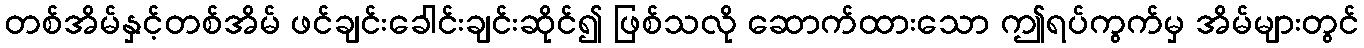
တစ်အိမ်နှင့်တစ်အိမ် ဖင်ချင်းခေါင်းချင်းဆိုင်၍ ဖြစ်သလို ဆောက်ထားသော ဤရပ်ကွက်မှ အိမ်များတွင်